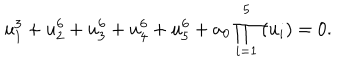
LaTeX: u _ { 1 } ^ { 3 } + u _ { 2 } ^ { 6 } + u _ { 3 } ^ { 6 } + u _ { 4 } ^ { 6 } + u _ { 5 } ^ { 6 } + a _ { 0 } \prod _ { i = 1 } ^ { 5 } \left( u _ { i } \right) = 0 .